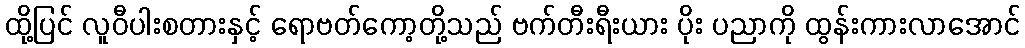
ထို့ပြင် လူဝီပါးစတားနှင့် ရောဗတ်ကော့တို့သည် ဗက်တီးရီးယား ပိုး ပညာကို ထွန်းကားလာအောင်